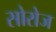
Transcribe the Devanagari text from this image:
सोरोज